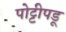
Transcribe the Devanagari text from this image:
पोट्टीपडू